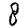
Digit: 8